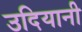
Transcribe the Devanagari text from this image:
उदियानी